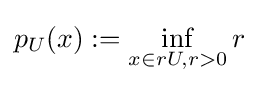
p_{U}(x):=\inf _{x\in rU,r>0}r